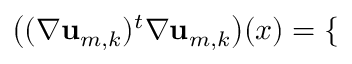
\bigl ( ( \nabla \mathbf { u } _ { m , k } ) ^ { t } \nabla \mathbf { u } _ { m , k } \bigr ) ( x ) = \mathopen { } \mathclose \bgroup \left\{ \begin{array} { r l r l } \end{array} \aftergroup \egroup \right.